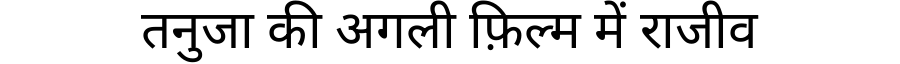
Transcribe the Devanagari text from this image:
तनुजा की अगली फ़िल्म में राजीव